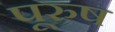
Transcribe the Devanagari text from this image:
पूरुष